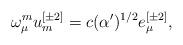
LaTeX: \begin{align*}\omega ^{{ m}}_{\mu } u^{{ [\pm 2]}}_{{ m}} =c (\alpha ')^{{ 1/2}}e^{{ [\pm 2]}}_{\mu },\end{align*}